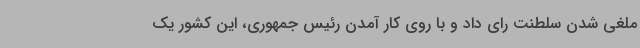
ملغی شدن سلطنت رای داد و با روی کار آمدن رئیس جمهوری، این کشور یک